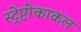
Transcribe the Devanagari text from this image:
स्ट्रेप्टोकाकल